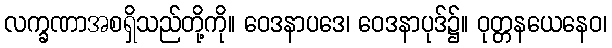
လက္ခဏာအစရှိသည်တို့ကို။ ဝေဒနာပဒေ၊ ဝေဒနာပုဒ်၌။ ဝုတ္တနယေနေဝ၊